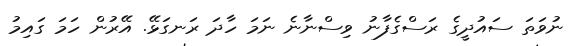
ނުވަތަ ސައުދީގެ ރަސްގެފާނު ވިސްނާނެ ނަމަ ހާދަ ރަނގަޅޭ. އޭރުން ހަމަ ގައިމު